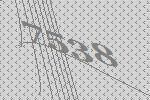
7538